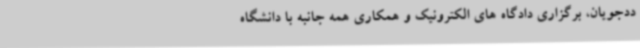
ددجویان، برگزاری دادگاه های الکترونیک و همکاری همه جانبه با دانشگاه